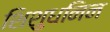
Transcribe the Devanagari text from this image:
शिशुधनिन